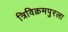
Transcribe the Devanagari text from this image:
त्रिविक्रमपुरला